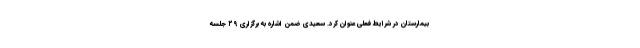
بیمارستان در شرایط فعلی عنوان کرد. سعیدی ضمن اشاره به برگزاری ۲۹ جلسه